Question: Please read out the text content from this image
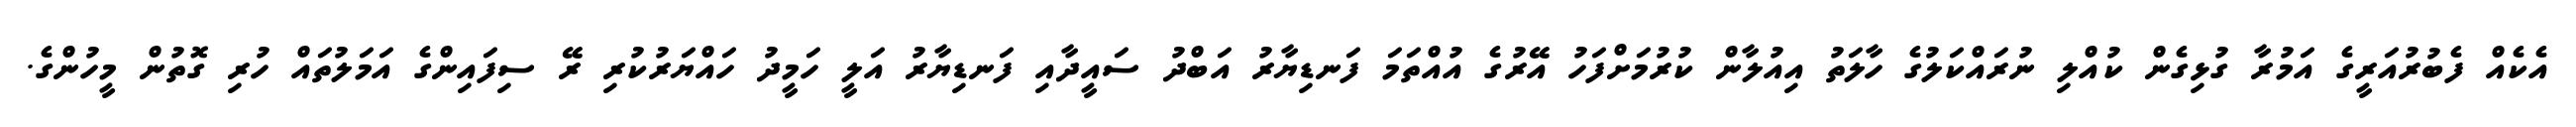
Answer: އެކެއް ފެބުރުއަރީގެ އަމުރާ ގުޅިގެން ކުއްލި ނުރައްކަލުގެ ހާލަތު އިއުލާން ކުރުމަށްފަހު އޭރުގެ އުއްތަމަ ފަނޑިޔާރު އަބްދު ސައީދާއި ފަނޑިޔާރު އަލީ ހަމީދު ހައްޔަރުކުރި ރޭ ސިފައިންގެ އަމަލުތައް ހުރި ގޮތުން މީހުންގެ.